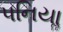
પનિયાૢ